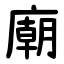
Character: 廟